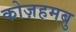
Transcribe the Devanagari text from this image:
कोज़हमबु